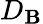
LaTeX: D_{\mathbf{B}}